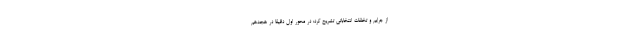
از جرایم و تخلفات انتخاباتی تشریح کرد: در محور اول دقیقاً در هجدهم